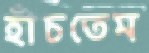
হাঁচতেম